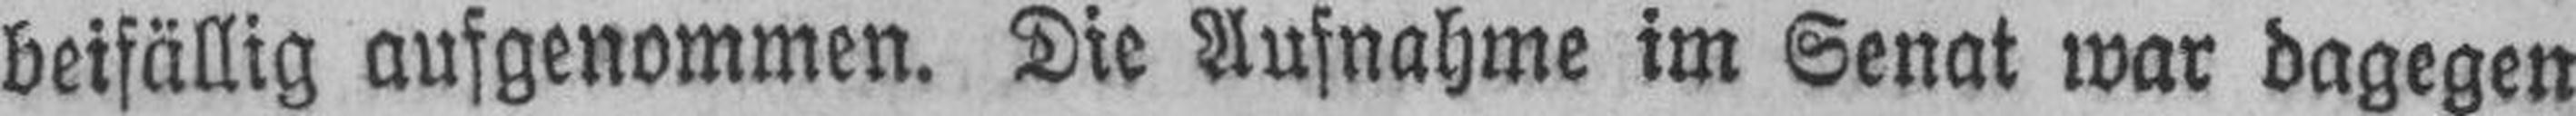
beifällig aufgenommen. Die Aufnahme im Senat war dagegen